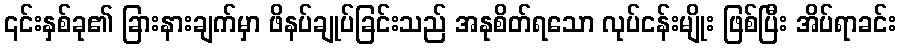
၎င်းနှစ်ခု၏ ခြားနားချက်မှာ ဖိနပ်ချုပ်ခြင်းသည် အနုစိတ်ရသော လုပ်ငန်းမျိုး ဖြစ်ပြီး အိပ်ရာခင်း